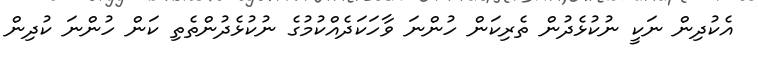
އެކުދިން ނަކީ ނުކުޅެދުން ތެރިކަން ހުންނަ ވާހަކަދެއްކުމުގެ ނުކުޅެދުންތެތި ކަން ހުންނަ ކުދިން